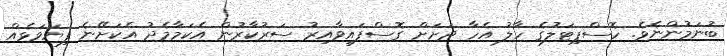
ބުނަމުންނެވެ. ހޮސްޕިޓަލުގެ ހާލު އެހާ ދަށަށް ގޮސްފައިވާއިރު ސަރުކާރުން އެކަމާމެދު އެކަށޭނެ ފިޔަވަޅެއް